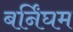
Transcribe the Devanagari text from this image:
बर्निंघम